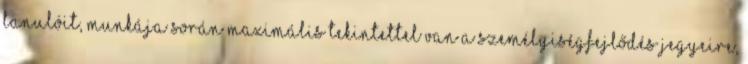
tanulóit, munkája során maximális tekintettel van a személyiségfejlődés jegyeire,